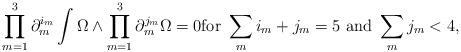
LaTeX: \begin{align*}\prod_{m=1}^3 \partial_m^{i_m} \int \Omega \wedge \prod_{m=1}^3 \partial_m^{j_m} \Omega = 0 \textrm{for} ~ \sum_m i_m + j_m =5 \textrm{~and~} \sum_m j_m < 4,\end{align*}